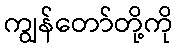
ကျွန်တော်တို့ကို